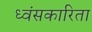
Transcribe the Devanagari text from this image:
ध्वंसकारिता